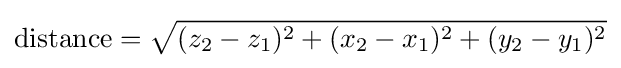
\mathrm {distance} ={\sqrt {(z_{2}-z_{1})^{2}+(x_{2}-x_{1})^{2}+(y_{2}-y_{1})^{2}}}